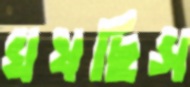
ঘষছিস